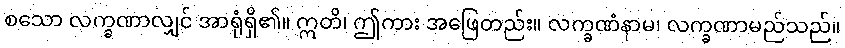
စသော လက္ခဏာလျှင် အာရုံရှိ၏။ ဣတိ၊ ဤကား အဖြေတည်း။ လက္ခဏံနာမ၊ လက္ခဏာမည်သည်။